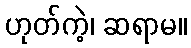
ဟုတ်ကဲ့၊ ဆရာမ။